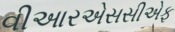
વીઆરએસસીએફ